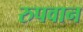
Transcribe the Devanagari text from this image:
रुपवान